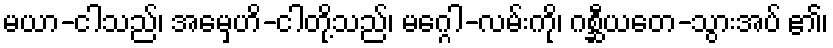
မယာ-ငါသည်၊ အမှေဟိ-ငါတို့သည်၊ မဂ္ဂေါ-လမ်းကို၊ ဂစ္ဆီယတေ-သွားအပ် ၏၊